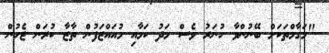
"މަގާމްތަކަށް ބޭނުންވާ ހުނަރު ވެސް މަދު ކަމާއި މުއައްޒަފުން ތާޒާ ކުރަން ޖެހުން